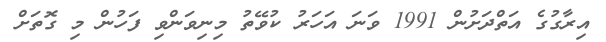
އިރާގުގެ އަތްދަށުން 1991 ވަނަ އަހަރު ކުވޭތު މިނިވަންވި ފަހުން މި ގޮތަށް